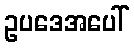
ဥပဒေအပေါ်